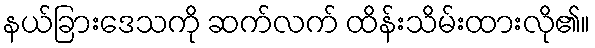
နယ်ခြားဒေသကို ဆက်လက် ထိန်းသိမ်းထားလို၏။